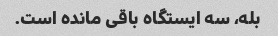
بله، سه ایستگاه باقی مانده است.